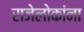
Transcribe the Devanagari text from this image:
राजेलोकांना